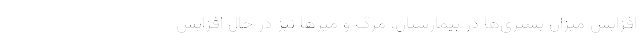
افزایش میزان بستری‌ها در بیمارستان، مرگ و میر‌ها نیز در حال افزایش